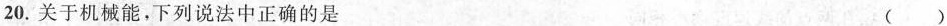
20.关于机械能，下列说法中正确的是 ()